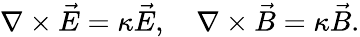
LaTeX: \nabla\times\vec{E}=\kappa\vec{E},\quad\nabla\times\vec{B}=\kappa\vec{B}.